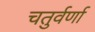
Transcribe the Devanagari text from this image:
चतुर्वर्णा